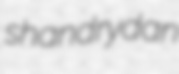
shandrydan